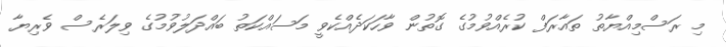
މި ރަސްމިއްޔާތު ތައާރަފް ކުރެއްވުމުގެ ގޮތުން ވާހަކަދެއްކެވީ މަސައްކަތު ބައްދަލުވުމުގެ ވިލަރެސް ވެރިޔާ